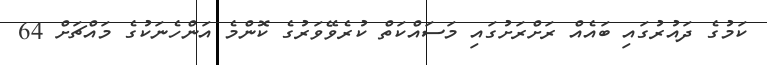
ކަމުގެ ދައުރުގައި ބައެއް ރަށްރަށުގައި މަސައްކަތް ކުރެވޭވަރުގެ ކޮންމެ އަންހެނަކުގެ މައްޗަށް 64